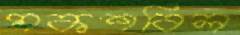
মকশবিল